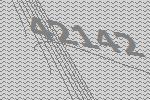
42142